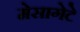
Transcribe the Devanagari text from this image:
मेसागेटे